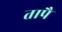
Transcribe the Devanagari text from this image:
तापै